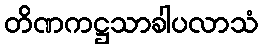
တိဏကဋ္ဌသာခါပလာသံ